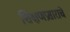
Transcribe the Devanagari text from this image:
शिक्षणप्रसाराचे